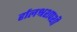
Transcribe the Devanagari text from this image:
र्हालश्रशपशी